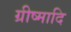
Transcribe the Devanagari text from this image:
ग्रीष्मादि